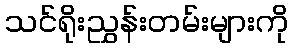
သင်ရိုးညွှန်းတမ်းများကို